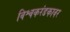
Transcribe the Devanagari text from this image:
विश्वकरंडकावर